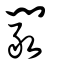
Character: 闞